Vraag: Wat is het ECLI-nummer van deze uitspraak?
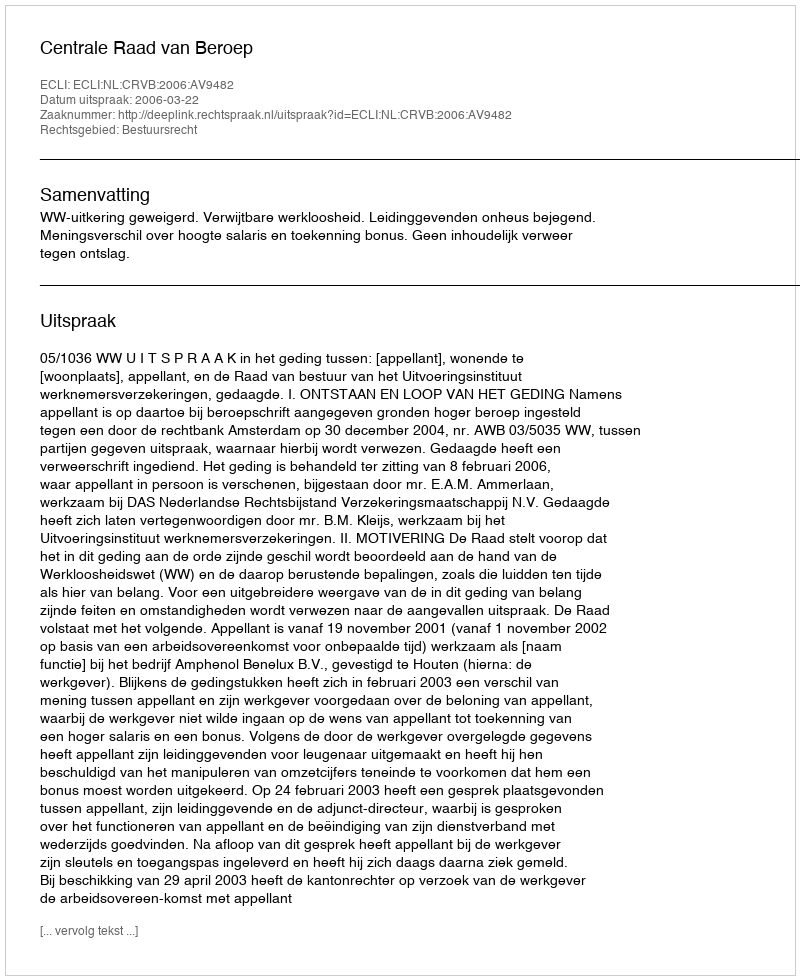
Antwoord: ECLI:NL:CRVB:2006:AV9482